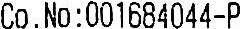
CO.NO:001684044-P